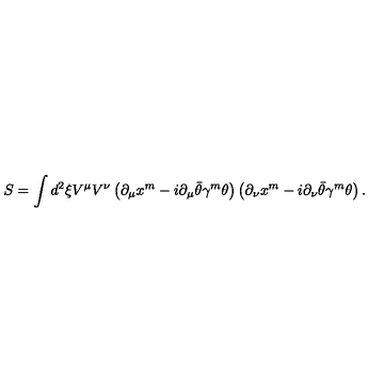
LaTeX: S = \int d ^ { 2 } \xi V ^ { \mu } V ^ { \nu } \left( \partial _ { \mu } x ^ { m } - i \partial _ { \mu } \bar { \theta } \gamma ^ { m } \theta \right) \left( \partial _ { \nu } x ^ { m } - i \partial _ { \nu } \bar { \theta } \gamma ^ { m } \theta \right) .